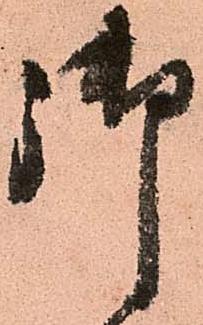
御